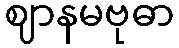
ဈာနမဗုဓာ